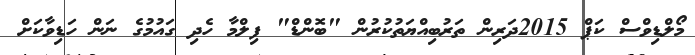
މޯލްޑިވްސް ކަޕް 2015ދަރިން ތަރުބިއްޔަތުކުރުން "ބޮންޑް" ފިލްމާ ހެދި ގައުމުގެ ނަން ހަޑިވާކަށް